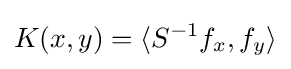
K(x,y)=\langle S^{-1}f_{x},f_{y}\rangle